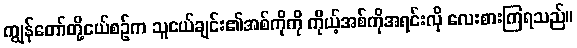
ကျွန်တော်တို့ငယ်စဉ်က သူငယ်ချင်း၏အစ်ကိုကို ကိုယ့်အစ်ကိုအရင်းလို လေးစားကြရသည်။